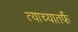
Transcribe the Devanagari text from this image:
त्याच्यातर्फे